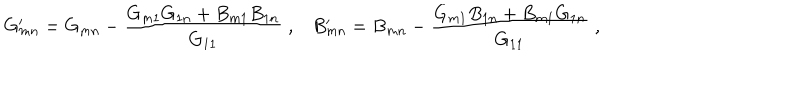
G _ { m n } ^ { \prime } = G _ { m n } - \frac { G _ { m 1 } G _ { 1 n } + B _ { m 1 } B _ { 1 n } } { G _ { 1 1 } } \; , B _ { m n } ^ { \prime } = B _ { m n } - \frac { G _ { m 1 } B _ { 1 n } + B _ { m 1 } G _ { 1 n } } { G _ { 1 1 } } \; ,